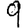
Digit: 9